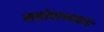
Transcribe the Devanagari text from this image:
महोपाध्यायांचे